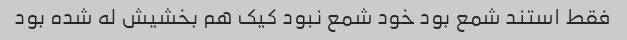
فقط استند شمع بود خود شمع نبود کیک هم بخشیش له شده بود